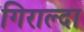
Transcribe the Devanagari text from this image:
गिराल्दा